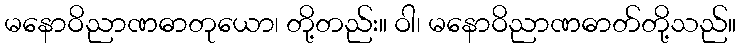
မနောဝိညာဏဓာတုယော၊ တို့တည်း။ ဝါ၊ မနောဝိညာဏဓာတ်တို့သည်။